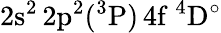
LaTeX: \mathrm{2s^{2}\, 2p^{2}(^{3}P)\, 4f~^{4}D^{\circ}}